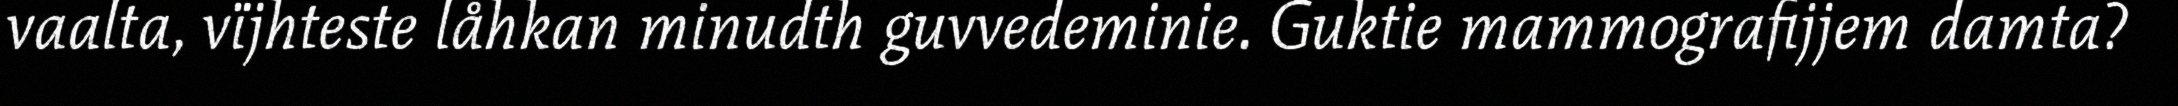
vaalta, vïjhteste låhkan minudth guvvedeminie. Guktie mammografijjem damta?